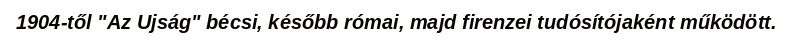
1904-től "Az Ujság" bécsi, később római, majd firenzei tudósítójaként működött.